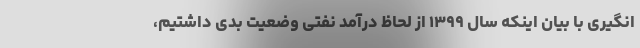
انگیری با بیان اینکه سال ۱۳۹۹ از لحاظ درآمد نفتی وضعیت بدی داشتیم،